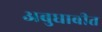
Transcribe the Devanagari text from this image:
अबुधाबीत